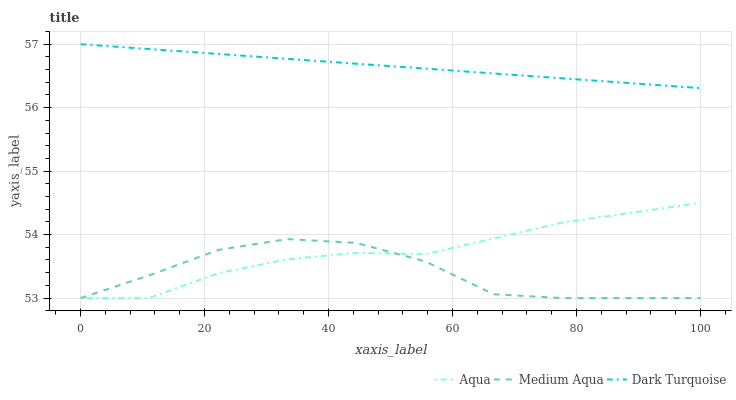
| xaxis_label | Aqua | Medium Aqua | Dark Turquoise |
 | --- | --- | --- | --- |
 | 0 | 53 | 53 | 57 |
 | 11.1 | 53 | 53.4 | 56.9 |
 | 22.2 | 53.4 | 53.8 | 56.8 |
 | 33.3 | 53.6 | 53.9 | 56.8 |
 | 44.4 | 53.7 | 53.9 | 56.7 |
 | 55.6 | 53.7 | 53.6 | 56.6 |
 | 66.7 | 53.9 | 53.1 | 56.5 |
 | 77.8 | 54.2 | 53 | 56.5 |
 | 88.9 | 54.3 | 53 | 56.4 |
 | 100 | 54.5 | 53 | 56.3 |